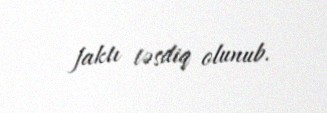
faktı təsdiq olunub.